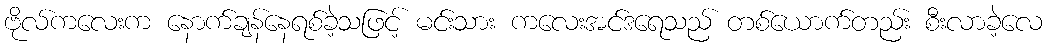
ဗိုလ်ကလေးက နောက်ချန်နေရစ်ခဲ့သဖြင့် မင်းသား ကလေးအင်ဒရေသည် တစ်ယောက်တည်း စီးလာခဲ့လေ